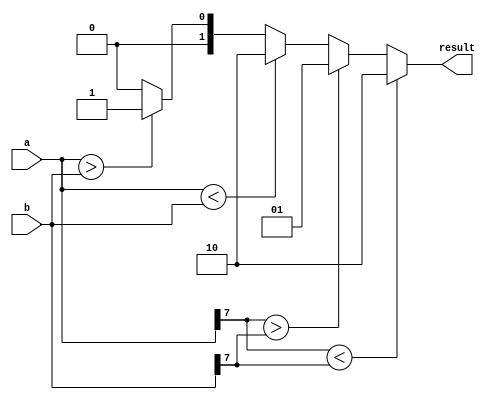
module signed_magnitude_comparator(
    input signed [7:0] a,
    input signed [7:0] b,
    output reg [1:0] result
);

always @(*) begin
    if(a[7] < b[7]) begin
        result = 2'b10; // a is less than b
    end else if(a[7] > b[7]) begin
        result = 2'b01; // a is greater than b
    end else begin
        if(a < b) begin
            result = 2'b10; // a is less than b
        end else if(a > b) begin
            result = 2'b01; // a is greater than b
        end else begin
            result = 2'b00; // a is equal to b
        end
    end
end

endmodule